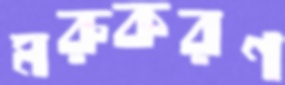
মরুকরণ